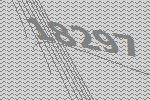
18297